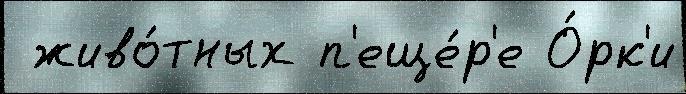
 живо́тных п'еще́р'е О́рк'и